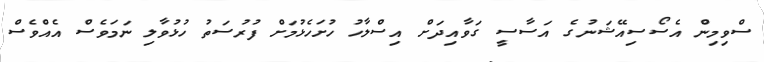
ސްވިމިން އެސޯސިއޭޝަނުގެ އަސާސީ ގަވާއިދަށް އިސްލާހު ހުށަހެޅުމަށް ފުރުސަތު ހުޅުވާލި ނަމަވެސް އެއްވެސް